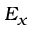
E _ { x }